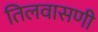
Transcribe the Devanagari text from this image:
तिलवासणी